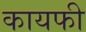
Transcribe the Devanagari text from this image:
कायफी